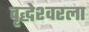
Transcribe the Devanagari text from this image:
वृद्धेश्‍वरला